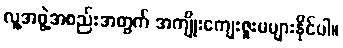
လူ့အဖွဲ့အစည်းအတွက် အကျိုးကျေးဇူးမများနိုင်ပါ။